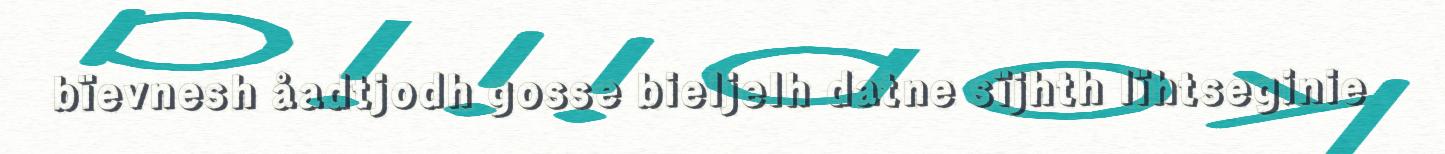
bïevnesh åadtjodh gosse bieljelh datne sïjhth lïhtseginie